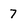
Character: 7